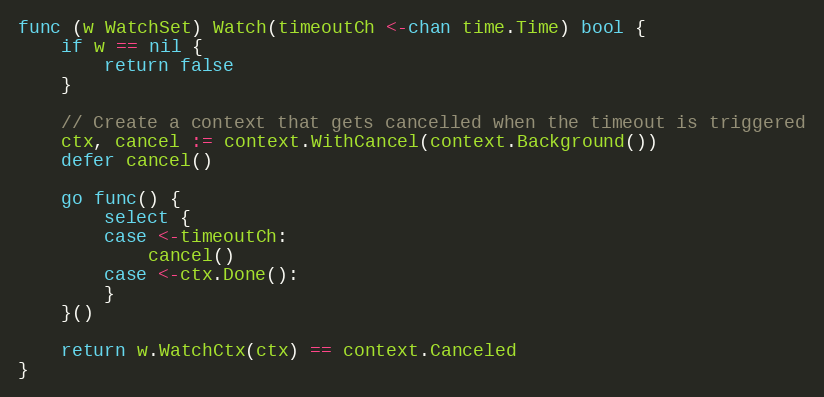
Language: Go
func (w WatchSet) Watch(timeoutCh <-chan time.Time) bool {
	if w == nil {
		return false
	}

	// Create a context that gets cancelled when the timeout is triggered
	ctx, cancel := context.WithCancel(context.Background())
	defer cancel()

	go func() {
		select {
		case <-timeoutCh:
			cancel()
		case <-ctx.Done():
		}
	}()

	return w.WatchCtx(ctx) == context.Canceled
}